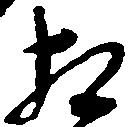
相